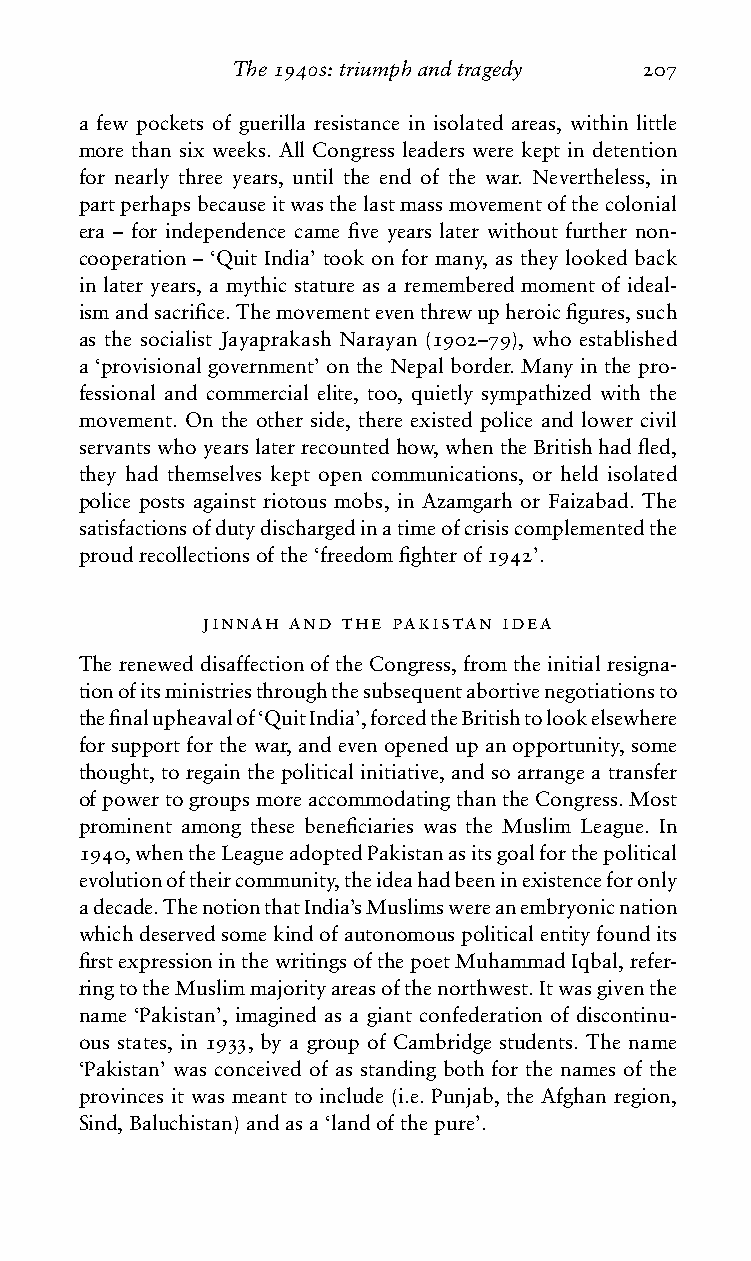
The1940s:triumphandtragedy 207
 a few pockets of guerilla resistance in isolated areas, within little
 more than six weeks. All Congress leaders were kept in detention
 for nearly three years, until the end of the war. Nevertheless, in
 partperhapsbecauseitwasthelastmassmovementofthecolonial
 era – for independence came five years later without further non-
 cooperation – ‘Quit India’ took on for many, as they looked back
 in later years, a mythic stature as a remembered moment of ideal-
 ismandsacrifice.Themovementeventhrewupheroicfigures,such
 as the socialist Jayaprakash Narayan (1902–79), who established
 a ‘provisional government’ on the Nepal border. Many in the pro-
 fessional and commercial elite, too, quietly sympathized with the
 movement. On the other side, there existed police and lower civil
 servantswhoyearslaterrecountedhow,whentheBritishhadfled,
 they had themselves kept open communications, or held isolated
 police posts against riotous mobs, in Azamgarh or Faizabad. The
 satisfactionsofdutydischargedinatimeofcrisiscomplementedthe
 proudrecollectionsofthe‘freedomfighterof1942’.
 jinnah and the pakistan idea
 The renewed disaffection of the Congress, from the initial resigna-
 tionofitsministriesthroughthesubsequentabortivenegotiationsto
 thefinalupheavalof‘QuitIndia’,forcedtheBritishtolookelsewhere
 for support for the war, and even opened up an opportunity, some
 thought, to regain the political initiative, and so arrange a transfer
 ofpowertogroupsmoreaccommodatingthantheCongress.Most
 prominent among these beneficiaries was the Muslim League. In
 1940,whentheLeagueadoptedPakistanasitsgoalforthepolitical
 evolutionoftheircommunity,theideahadbeeninexistenceforonly
 adecade.ThenotionthatIndia’sMuslimswereanembryonicnation
 whichdeservedsomekindofautonomouspoliticalentityfoundits
 firstexpressioninthewritingsofthepoetMuhammadIqbal,refer-
 ringtotheMuslimmajorityareasofthenorthwest.Itwasgiventhe
 name ‘Pakistan’, imagined as a giant confederation of discontinu-
 ous states, in 1933, by a group of Cambridge students. The name
 ‘Pakistan’ was conceived of as standing both for the names of the
 provinces it was meant to include (i.e. Punjab, the Afghan region,
 Sind,Baluchistan)andasa‘landofthepure’.